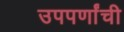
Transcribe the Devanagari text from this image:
उपपर्णांची